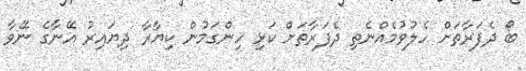
ބޯ ދެފަރާތަށް ހެލުވުމެއްނެތި ދެފަރާތަށް ކަޅި ހިންގަމުން ކިޔާރާ ދިޔައިރު އޭނާގެ ނޭވާ